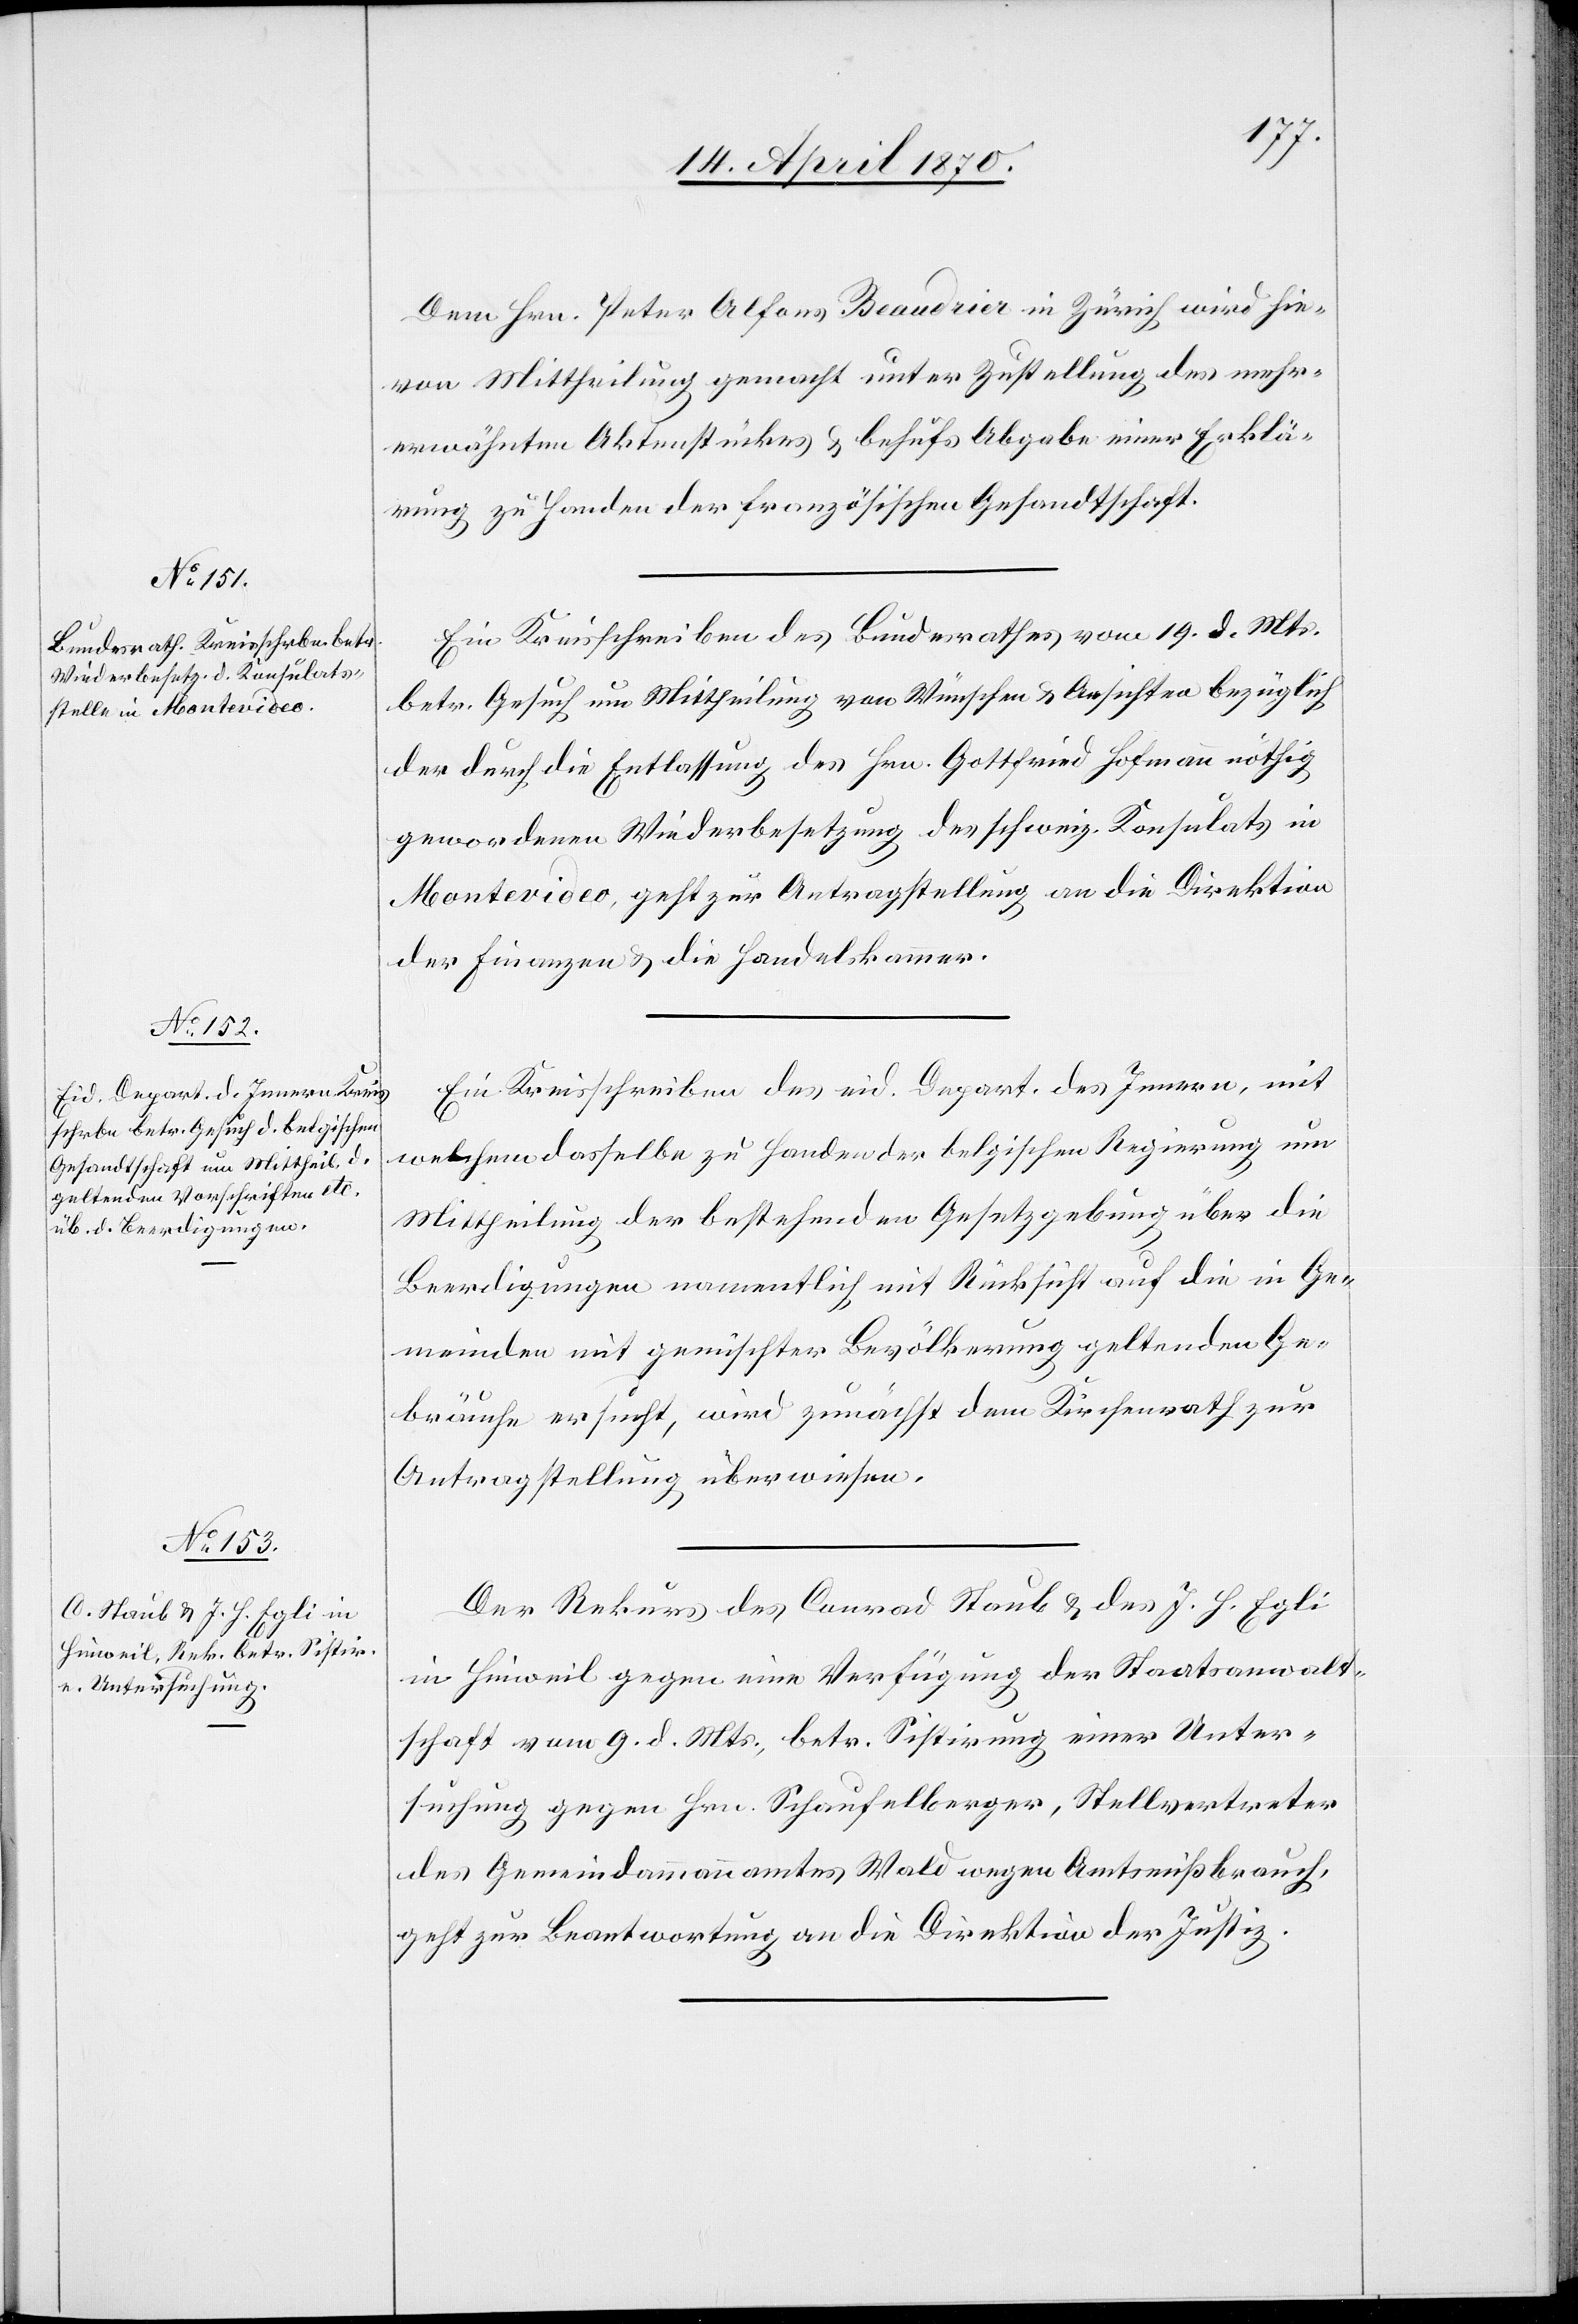
19. April 1870.]
Dem Hrn. Peter Alfons Beaudrier in Zürich, wird hie¬
von Mittheilung gemacht unter Zustellung des mehr¬
erwähnten Aktenstückes & behufs Abgabe einer Erklä¬
rung zu Handen der französischen Gesandtschaft.
Ein Kreisschreiben des Bundesrathes vom 19. d. Mts.
betr. Gesuch um Mittheilung von Wünschen & Ansichten bezüglich
der durch die Entlassung des Hrn. Gottfried Hofmann nöthig
gewordenen Wiederbesetzung des schweiz. Konsulats in
Montevideo, geht zur Antragstellung an die Direktion
der Finanzen & die Handelskammer.
Ein Kreisschreiben des eid. Depart. des Innern, mit
welchem dasselbe zu Handen der belgischen Regierung um
Mittheilung der bestehenden Gesetzgebung über die
Beerdigungen namentlich mit Rücksicht auf die in Ge¬
meinden mit gemischter Bevölkerung geltenden Ge¬
bräuche ersucht, wird zunächst dem Kirchenrath zur
Antragstellung überwiesen.
Der Rekurs des Conrad Staub & des J. H. Egli
in Hinweil gegen eine Verfügung der Staatsanwalt¬
schaft vom 9. d. Mts., betr. Sistirung einer Unter¬
suchung gegen Hrn. Schaufelberger, Stellvertreter
des Gemeindammannamtes Wald wegen Amtsmißbrauch,
geht zur Beantwortung an die Direktion der Justiz.